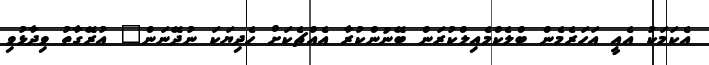
އެކަމަކު އެއީ އަހަރެމެން ބްލެކްމެއިލްކުރަން ބޭނުންކުރާ އެއްޗެކަށް ހެދިޔަކަ ނުދޭނަން" އުރޭގާތު ވިދާޅުވި